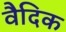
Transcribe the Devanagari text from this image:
वैदिक